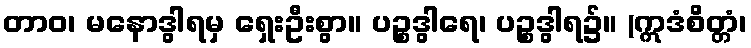
တာဝ၊ မနောဒွါရမှ ရှေးဦးစွာ။ ပဉ္စဒွါရေ၊ ပဉ္စဒွါရ၌။ (ဣဒံစိတ္တံ၊